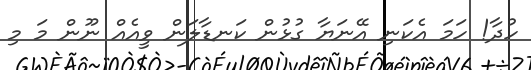
ހުދާ! ހަމަ އެކަނި އޭނަޔާ ގުޅުން ކަނޑާލަން ވީއެއް ނޫން މަ މި